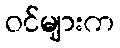
ဝင်များက